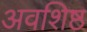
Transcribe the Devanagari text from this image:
अवशिष्ठ